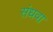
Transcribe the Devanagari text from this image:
संधवा